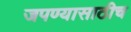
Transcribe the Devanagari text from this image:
जपण्यासाठीच